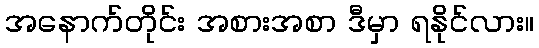
အနောက်တိုင်း အစားအစာ ဒီမှာ ရနိုင်လား။